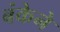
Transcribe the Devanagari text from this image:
बंकेने